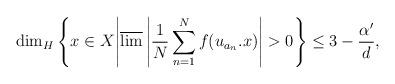
LaTeX: \begin{align*}\dim_{H}\left\{x\in X \middle| \overline{\lim} \left\lvert\frac{1}{N}\sum_{n=1}^{N}f(u_{a_{n}}.x)\right\rvert>0 \right\} \leq 3-\frac{\alpha'}{d},\end{align*}